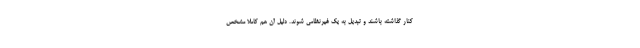
کنار گذاشته باشند و تبدیل به یک غیرنظامی شوند. دلیل آن هم کاملا مشخص